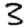
Digit: 3